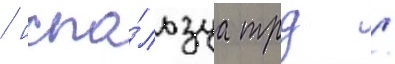
/ испо́льзуа трд /